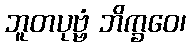
ဘူတပုဗ္ဗံ ဘိက္ခဝေ၊